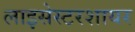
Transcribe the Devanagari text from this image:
लाइसेस्टरशायर